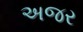
અજર